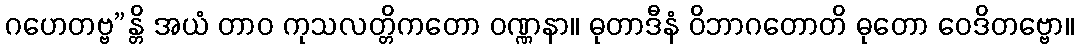
ဂဟေတဗ္ဗ”န္တိ အယံ တာဝ ကုသလတ္တိကတော ဝဏ္ဏနာ။ ဓုတာဒီနံ ဝိဘာဂတောတိ ဓုတော ဝေဒိတဗ္ဗော။